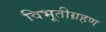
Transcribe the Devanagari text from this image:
विभूतीग्रहण